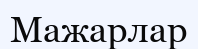
Мажарлар